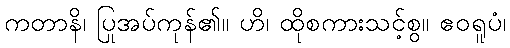
ကတာနိ၊ ပြုအပ်ကုန်၏။ ဟိ၊ ထိုစကားသင့်စွ။ ဧဝရူပံ၊